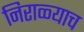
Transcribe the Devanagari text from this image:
निराळ्याच